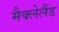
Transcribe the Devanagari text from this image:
मैक्लेलैंड